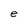
Character: e